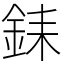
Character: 銇